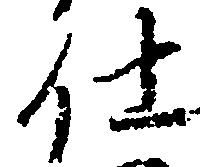
仕